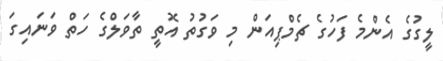
ލީގުގެ އެންމެ ފަހުގެ ޗެމްޕިއަން މި ވަގުތު އޮތީ ތާވަލްގެ ހަތް ވަނައިގަ